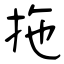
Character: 拖